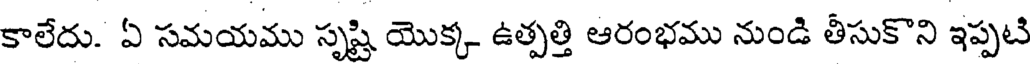
కాలేదు. ఏ సమయము సృష్టి యొక్క ఉత్పత్తి ఆరంభము నుండి తీసుకొని ఇప్పటి